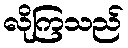
လိုကြသည်